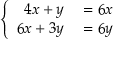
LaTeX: \left\{ { \begin{array} { r l } { 4 x + y } & { { } = 6 x } \\ { 6 x + 3 y } & { { } = 6 y } \end{array} } \right.